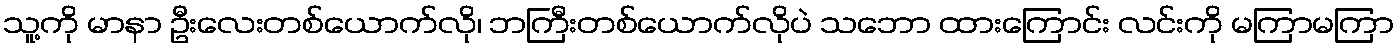
သူ့ကို မာနာ ဦးလေးတစ်ယောက်လို၊ ဘကြီးတစ်ယောက်လိုပဲ သဘော ထားကြောင်း လင်းကို မကြာမကြာ